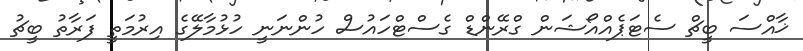
ޚާއްސަ ބީޗް ސެޓަޕެއްއޯޝަން ގްރޭންޑް ގެސްޓްހައުސް ހުންނަނީ ހުޅުމާލޭގެ އިރުމަތީ ފަރާތު ބީޗު